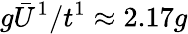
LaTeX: g\bar{U}^{1}/t^{1}\approx 2.17g